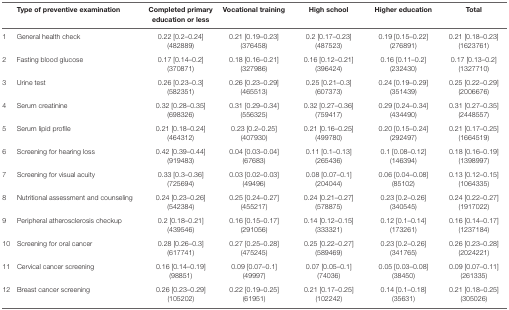
<table><thead><tr><td></td><td><b>Type of preventive examination</b></td><td><b>Completed primary education or less</b></td><td><b>Vocational training</b></td><td><b>High school</b></td><td><b>Higher education</b></td><td><b>Total</b></td></tr></thead><tbody><tr><td>1</td><td>General health check</td><td>0.22 [0.2–0.24] (482889)</td><td>0.21 [0.19–0.23] (376458)</td><td>0.2 [0.17–0.23] (487523)</td><td>0.19 [0.15–0.22] (276891)</td><td>0.21 [0.18–0.23] (1623761)</td></tr><tr><td>2</td><td>Fasting blood glucose</td><td>0.17 [0.14–0.2] (370871)</td><td>0.18 [0.16–0.21] (327986)</td><td>0.16 [0.12–0.21] (396424)</td><td>0.16 [0.11–0.2] (232430)</td><td>0.17 [0.13–0.2] (1327710)</td></tr><tr><td>3</td><td>Urine test</td><td>0.26 [0.23–0.3] (582351)</td><td>0.26 [0.23–0.29] (465513)</td><td>0.25 [0.21–0.3] (607373)</td><td>0.24 [0.19–0.29] (351439)</td><td>0.25 [0.22–0.29] (2006676)</td></tr><tr><td>4</td><td>Serum creatinine</td><td>0.32 [0.28–0.35] (698326)</td><td>0.31 [0.29–0.34] (556325)</td><td>0.32 [0.27–0.36] (759417)</td><td>0.29 [0.24–0.34] (434490)</td><td>0.31 [0.27–0.35] (2448557)</td></tr><tr><td>5</td><td>Serum lipid profile</td><td>0.21 [0.18–0.24] (464312)</td><td>0.23 [0.2–0.25] (407930)</td><td>0.21 [0.16–0.25] (499780)</td><td>0.20 [0.15–0.24] (292497)</td><td>0.21 [0.17–0.25] (1664519)</td></tr><tr><td>6</td><td>Screening for hearing loss</td><td>0.42 [0.39–0.44] (919483)</td><td>0.04 [0.03–0.04] (67683)</td><td>0.11 [0.1–0.13] (265436)</td><td>0.1 [0.08–0.12] (146394)</td><td>0.18 [0.16–0.19] (1398997)</td></tr><tr><td>7</td><td>Screening for visual acuity</td><td>0.33 [0.3–0.36] (725694)</td><td>0.03 [0.02–0.03] (49496)</td><td>0.08 [0.07–0.1] (204044)</td><td>0.06 [0.04–0.08] (85102)</td><td>0.13 [0.12–0.15] (1064335)</td></tr><tr><td>8</td><td>Nutritional assessment and counseling</td><td>0.24 [0.23–0.26] (542384)</td><td>0.25 [0.24–0.27] (455217)</td><td>0.24 [0.21–0.27] (578875)</td><td>0.23 [0.2–0.26] (340545)</td><td>0.24 [0.22–0.27] (1917022)</td></tr><tr><td>9</td><td>Peripheral atherosclerosis checkup</td><td>0.2 [0.18–0.21] (439546)</td><td>0.16 [0.15–0.17] (291056)</td><td>0.14 [0.12–0.15] (333321)</td><td>0.12 [0.1–0.14] (173261)</td><td>0.16 [0.14–0.17] (1237184)</td></tr><tr><td>10</td><td>Screening for oral cancer</td><td>0.28 [0.26–0.3] (617741)</td><td>0.27 [0.25–0.28] (475245)</td><td>0.25 [0.22–0.27] (589469)</td><td>0.23 [0.2–0.26] (341765)</td><td>0.26 [0.23–0.28] (2024221)</td></tr><tr><td>11</td><td>Cervical cancer screening</td><td>0.16 [0.14–0.19] (98851)</td><td>0.09 [0.07–0.1] (49997)</td><td>0.07 [0.05–0.1] (74036)</td><td>0.05 [0.03–0.08] (38450)</td><td>0.09 [0.07–0.11] (261335)</td></tr><tr><td>12</td><td>Breast cancer screening</td><td>0.26 [0.23–0.29] (105202)</td><td>0.22 [0.19–0.25] (61951)</td><td>0.21 [0.17–0.25] (102242)</td><td>0.14 [0.1–0.18] (35631)</td><td>0.21 [0.18–0.25] (305026)</td></tr></tbody></table>